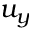
u _ { y }